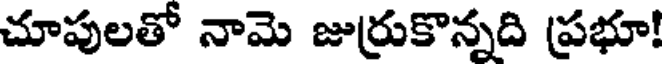
చూపులతో నామె జుర్రుకొన్నది ప్రభూ!